Plague in India, 1896, 1897 - Volume 3
Year: 1896
Disease focus: Plague
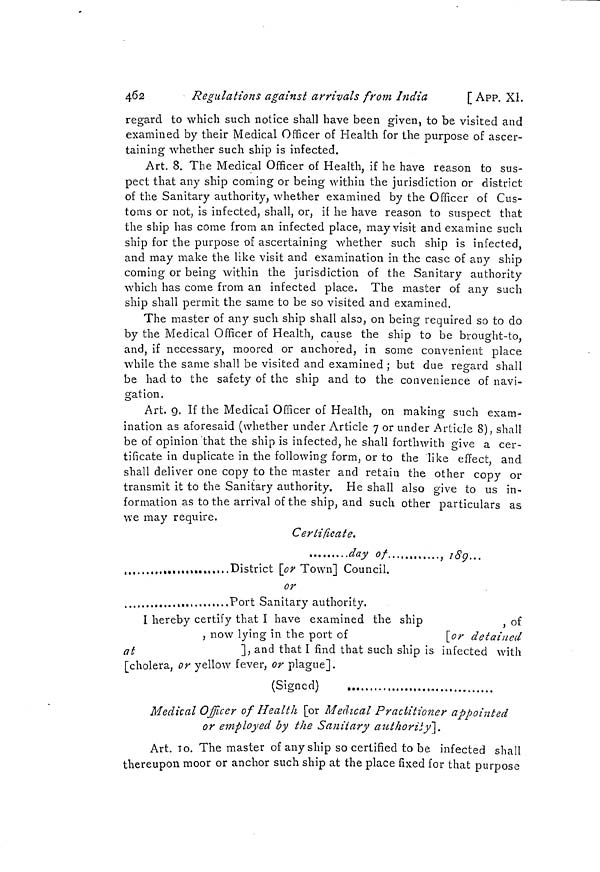
462
Regulations against arrivals from India
[ APP. XI.
regard to which such notice shall have been given, to be visited and
examined by their Medical Officer of Health for the purpose of ascer-
taining whether such ship is infected.
Art. 8. The Medical Officer of Health, if he have reason to sus-
pect that any ship coming or being within the jurisdiction or district
of the Sanitary authority, whether examined by the Officer of Cus-
toms or not, is infected, shall, or, if he have reason to suspect that
the ship has come from an infected place, may visit and examine such
ship for the purpose of ascertaining whether such ship is infected,
and may make the like visit and examination in the case of any ship
coming or being within the jurisdiction of the Sanitary authority
which has come from an infected place. The master of any such
ship shall permit the same to be so visited and examined.
The master of any' such ship shall also, on being required so to do
by the Medical Officer of Health, cause the ship to be brought-to,
and, if necessary, moored or anchored, in some convenient place
while the same shall be visited and examined ; but due regard shall
be had to the safety of the ship and to the convenience of navi-
gation.
Art. 9. If the Medical Officer of Health, on making such exam-
ination as aforesaid (whether under Article 7 or under Article 8), shall
be of opinion that the ship is infected, he shall forthwith give a cer-
tificate in duplicate in the following form, or to the like effect, and
shall deliver one copy to the master and retain the other copy or
transmit it to the Sanitary authority. He shall also give to us in-
formation as to the arrival of the ship, and such other particulars as
we may require.
Certificate.
day of
, 189...
,
.,,,,...District [or Town] Council.
or
Port Sanitary authority.
I hereby certify that I have examined the ship
of
, now lying in the port of
[or
detained
at
]
and
that I find that such ship is infected with
[cholera, or yellow fever, or plague].
(Signed)
Medical Officer of Health [or Medical Practitioner appointed
or employed by the Sanitary authority].
Art. 10. The master of any ship so certified tobe infected shall
thereupon moor or anchor such ship at the place fixed for that purpose